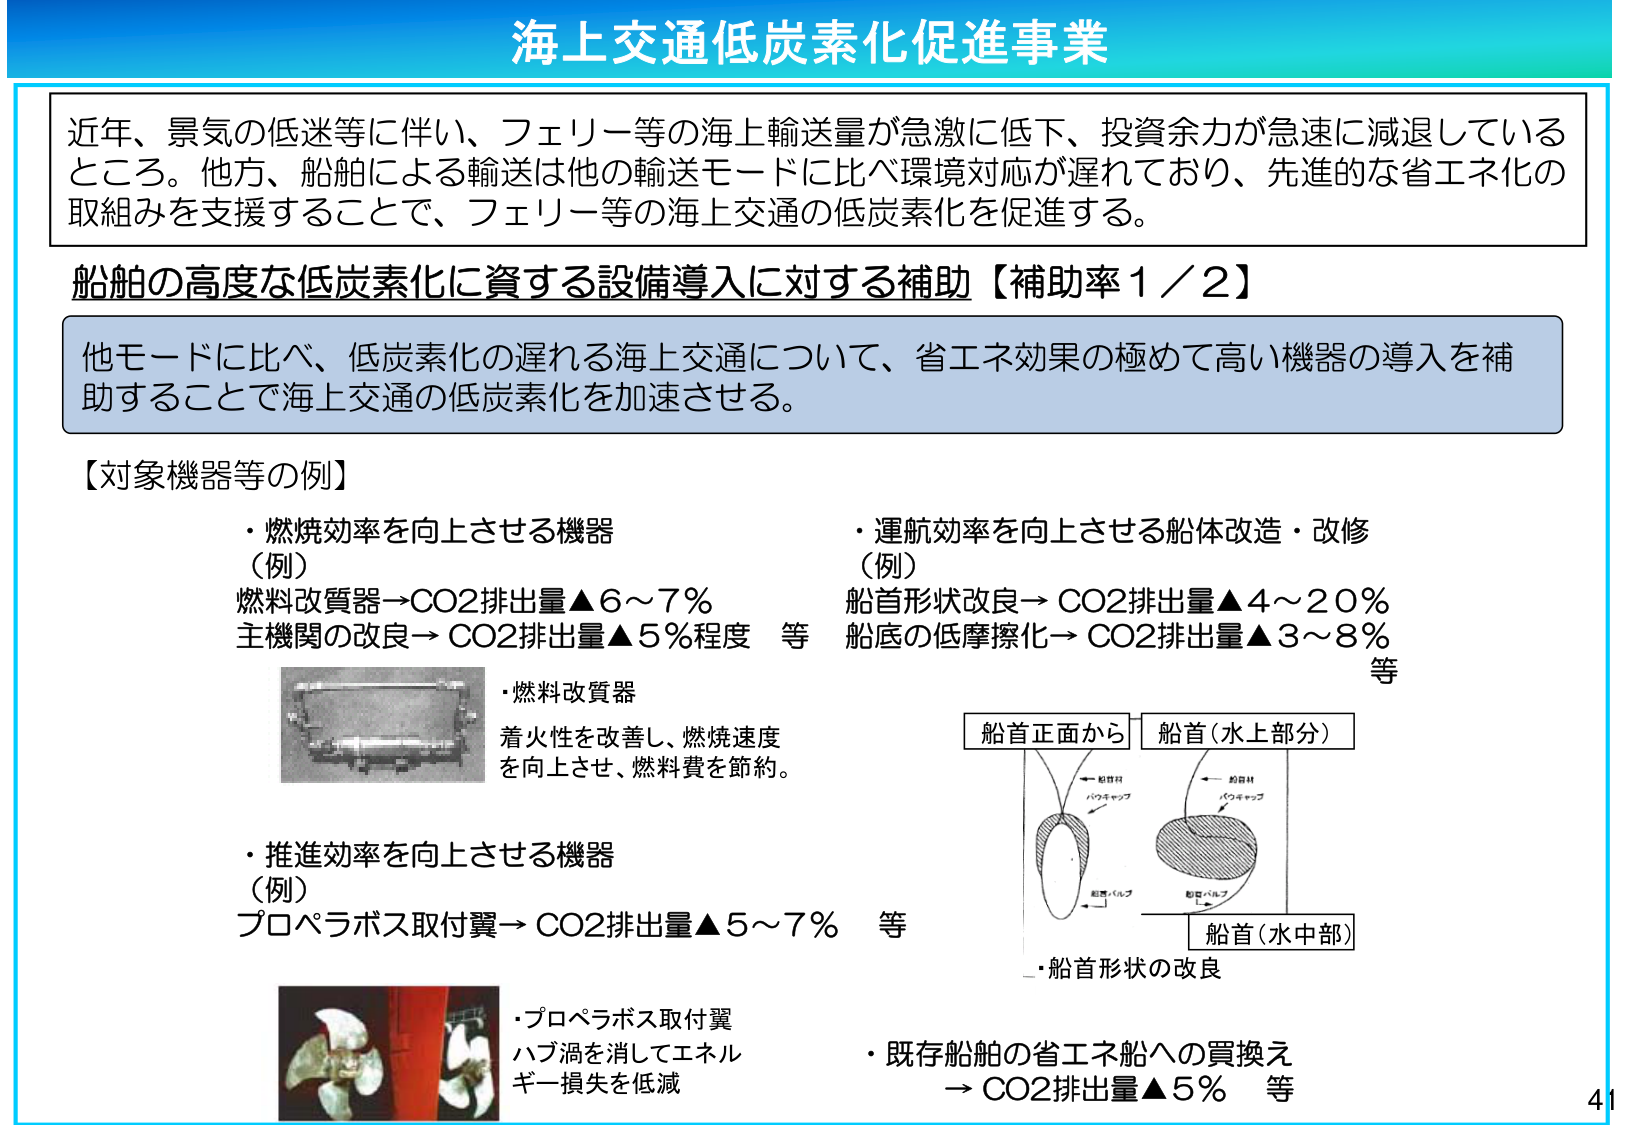
海上交通低炭素化促進事業

近年、景気の低迷等に伴い、フェリー等の海上輸送量が急激に低下、投資余力が急速に減退しているところ。他方、船舶による輸送は他の輸送モードに比べ環境対応が遅れており、先進的な省エネ化の取組みを支援することで、フェリー等の海上交通の低炭素化を促進する。

船舶の高度な低炭素化に資する設備導入に対する補助【補助率1／2】

他モードに比べ、低炭素化の遅れる海上交通について、省エネ効果の極めて高い機器の導入を補助することで海上交通の低炭素化を加速させる。

【対象機器等の例】

・燃焼効率を向上させる機器
（例）
燃料改質器→CO2排出量▲6～7％
主機関の改良→CO2排出量▲5％程度　等

・燃料改質器
着火性を改善し、燃焼速度
を向上させ、燃料費を節約。

・推進効率を向上させる機器
（例）
プロペラボス取付翼→CO2排出量▲5～7％　等

・プロペラボス取付翼
ハブ渦を消してエネル
ギー損失を低減

・運航効率を向上させる船体改造・改修
（例）
船首形状改良→CO2排出量▲4～20％
船底の低摩擦化→CO2排出量▲3～8％　等

船首正面から　船首（水上部分）
船首（水中部）
→船首形状の改良

・既存船舶の省エネ船への買換え
→CO2排出量▲5％　等

41